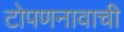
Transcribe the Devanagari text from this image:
टोपणनावाची